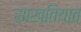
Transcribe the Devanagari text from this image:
साख्तियात